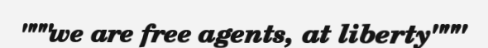
"""we are free agents, at liberty"""